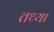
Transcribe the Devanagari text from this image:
तथ्या